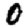
Digit: 0